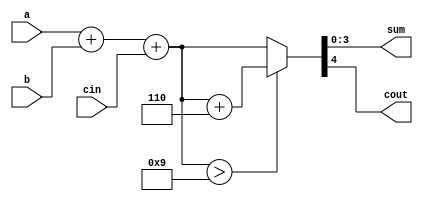
module bcd_adder(a,b,cin,sum,cout);
input [3:0] a,b;
input cin;
output  [3:0] sum;
output cout;
reg [4:0] s2;
assign sum=s2[3:0];
assign cout=s2[4];
always @(*)
begin
 s2=a+b+cin;
 if (s2>9)
    s2=s2+6;
end
endmodule